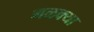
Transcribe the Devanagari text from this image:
मळक्या